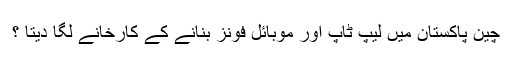
چین پاکستان میں لیپ ٹاپ اور موبائل فونز بنانے کے کارخانے لگا دیتا ؟